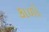
કાળો